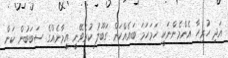
އަދި ހުރިހާ އެންމެންނަކީ ހަމަހަމަ ބައެއްކަން ގަބޫލު ކުރެވޭނީ އީމާނެއްގެ ސަބަބުން ކަން